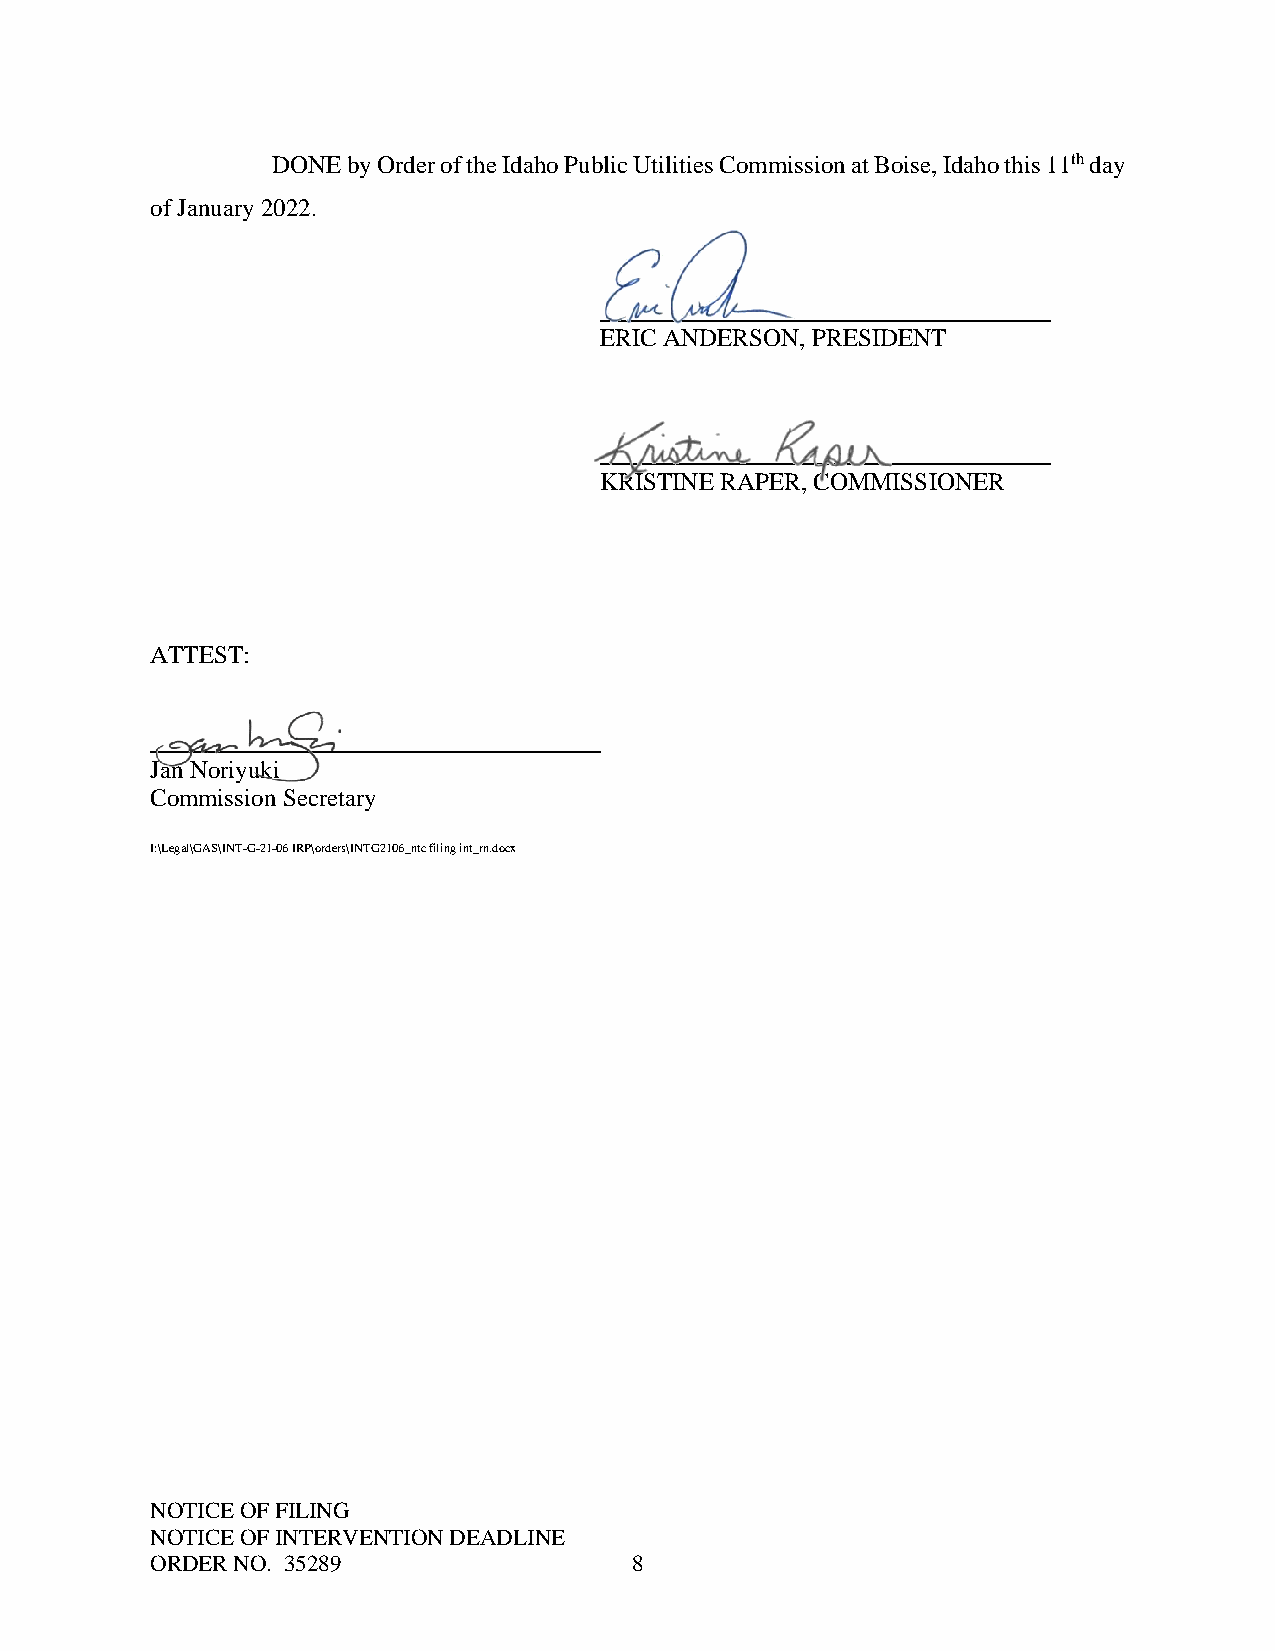
DONE by Order of the Idaho Public Utilities Commission at Boise, Idaho this 11th day
 of January 2022.
 ERIC ANDERSON, PRESIDENT
 KRISTINE RAPER, COMMISSIONER
 ATTEST:
 Jan Noriyuki
 Commission Secretary
 I:\Legal\GAS\INT-G-21-06 IRP\orders\INTG2106_ntc filing int_rn.docx
 NOTICE OF FILING
 NOTICE OF INTERVENTION DEADLINE
 ORDER NO. 35289                 8